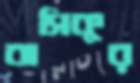
বাসিকুর